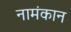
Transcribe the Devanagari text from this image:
नामंकान